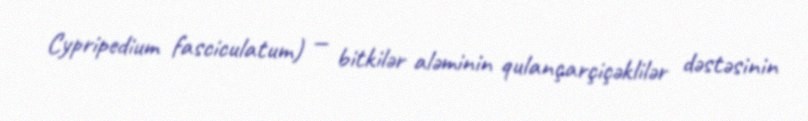
Cypripedium fasciculatum) — bitkilər aləminin qulançarçiçəklilər dəstəsinin